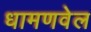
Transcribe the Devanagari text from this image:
धामणवेल